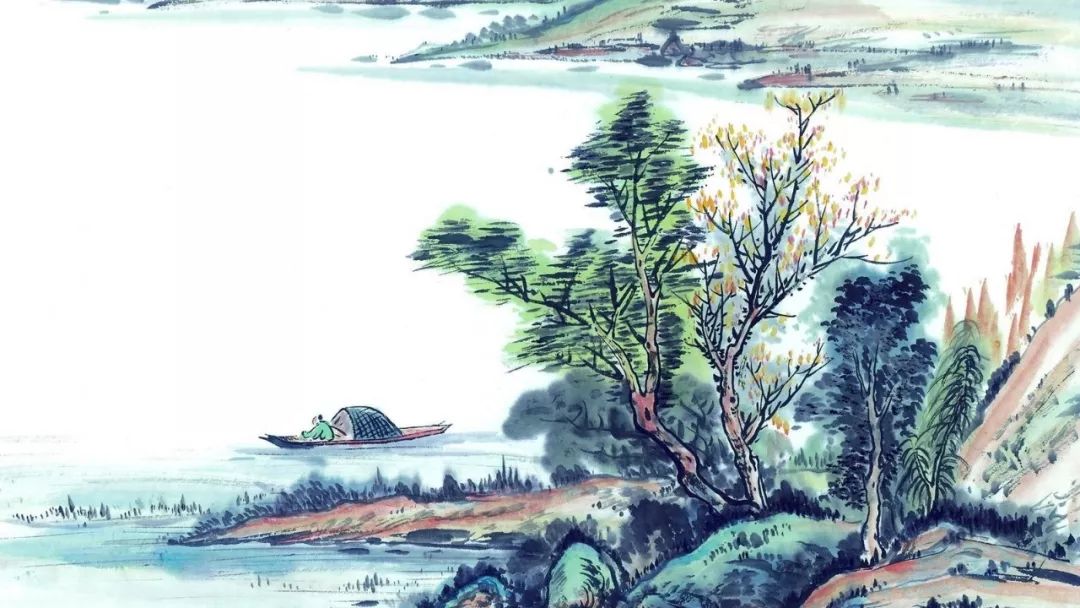
江晚正愁予，山深闻鹧鸪。